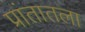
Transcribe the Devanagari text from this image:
प्रांतातला